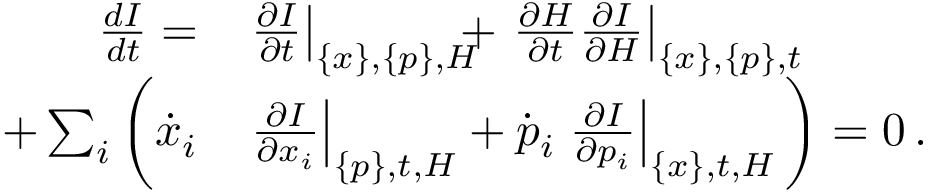
\begin{array} { r l } { \frac { d I } { d t } = } & { \left. \frac { \partial I } { \partial t } \right| _ { \{ x \} , \{ p \} , H } \! \! \! \! + \left. \frac { \partial H } { \partial t } \frac { \partial I } { \partial H } \right| _ { \{ x \} , \{ p \} , t } } \\ { + \sum _ { i } \bigg ( \dot { x } _ { i } } & { \left. \frac { \partial I } { \partial x _ { i } } \right| _ { \{ p \} , t , H } + \dot { p } _ { i } \left. \frac { \partial I } { \partial p _ { i } } \right| _ { \{ x \} , t , H } \bigg ) = 0 \, . } \end{array}